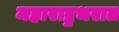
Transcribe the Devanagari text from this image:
महाराष्ट्रभरात